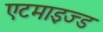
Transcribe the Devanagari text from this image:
एटमाइज्ड